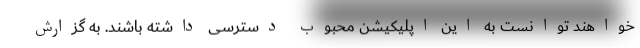
خواهند توانست به این اپلیکیشن محبوب دسترسی داشته باشند. به گزارش